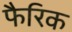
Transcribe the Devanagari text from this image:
फैरिक